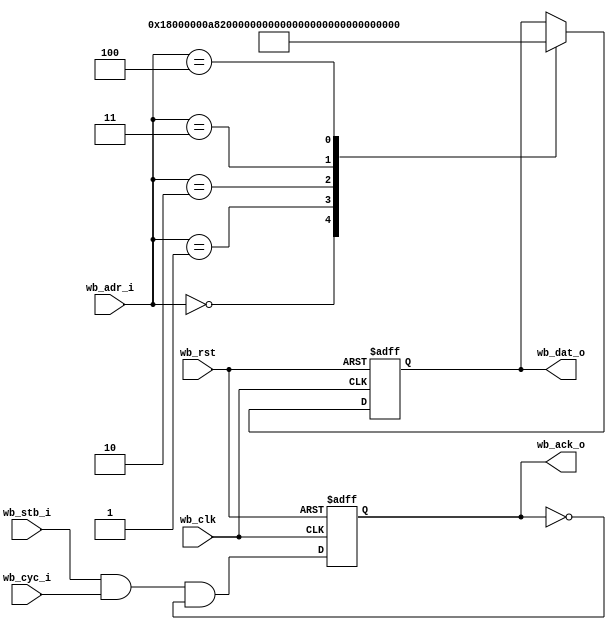
//////////////////////////////////////////////////////////////////////
////                                                              ////
////  OR1K_startup                                                ////
////                                                              ////
////  This file is part of the OR1K startup IP core project       ////
////  http://www.opencores.org/                                   ////
////                                                              ////
////  Author(s):                                                  ////
////      - Michael Unneback (unneback@opencores.org)             ////
////                                                              ////
////  All additional information is avaliable in the Readme.txt   ////
////  file.                                                       ////
////                                                              ////
//////////////////////////////////////////////////////////////////////
////                                                              ////
//// Copyright (C) 2009 Authors                                   ////
////                                                              ////
//// This source file may be used and distributed without         ////
//// restriction provided that this copyright statement is not    ////
//// removed from the file and that any derivative work contains  ////
//// the original copyright notice and the associated disclaimer. ////
////                                                              ////
//// This source file is free software; you can redistribute it   ////
//// and/or modify it under the terms of the GNU Lesser General   ////
//// Public License as published by the Free Software Foundation; ////
//// either version 2.1 of the License, or (at your option) any   ////
//// later version.                                               ////
////                                                              ////
//// This source is distributed in the hope that it will be       ////
//// useful, but WITHOUT ANY WARRANTY; without even the implied   ////
//// warranty of MERCHANTABILITY or FITNESS FOR A PARTICULAR      ////
//// PURPOSE.  See the GNU Lesser General Public License for more ////
//// details.                                                     ////
////                                                              ////
//// You should have received a copy of the GNU Lesser General    ////
//// Public License along with this source; if not, download it   ////
//// from http://www.opencores.org/lgpl.shtml                     ////
////                                                              ////
//////////////////////////////////////////////////////////////////////
module OR1K_startup
  (
    input [6:2]       wb_adr_i,
    input 	      wb_stb_i,
    input 	      wb_cyc_i,
    output reg [31:0] wb_dat_o,
    output reg 	      wb_ack_o,
    input 	      wb_clk,
    input 	      wb_rst
   );
   always @ (posedge wb_clk or posedge wb_rst)
     if (wb_rst)
       wb_dat_o <= 32'h15000000;
     else
       case (wb_adr_i)
`ifdef USE_SDRAM
	  0 : wb_dat_o <= 32'h18000000;
	  1 : wb_dat_o <= 32'hA8200000;
	  2 : wb_dat_o <= 32'h1880B000;
	  3 : wb_dat_o <= 32'hA8A00520;
	  4 : wb_dat_o <= 32'hA8600001;
	  5 : wb_dat_o <= 32'h04000014;
	  6 : wb_dat_o <= 32'hD4041818;
	  7 : wb_dat_o <= 32'h04000012;
	  8 : wb_dat_o <= 32'hD4040000;
	  9 : wb_dat_o <= 32'hE0431804;
	 10 : wb_dat_o <= 32'h0400000F;
	 11 : wb_dat_o <= 32'h9C210008;
	 12 : wb_dat_o <= 32'h0400000D;
	 13 : wb_dat_o <= 32'hE1031804;
	 14 : wb_dat_o <= 32'hE4080000;
	 15 : wb_dat_o <= 32'h0FFFFFFB;
	 16 : wb_dat_o <= 32'hD4081800;
	 17 : wb_dat_o <= 32'h04000008;
	 18 : wb_dat_o <= 32'h9C210004;
	 19 : wb_dat_o <= 32'hD4011800;
	 20 : wb_dat_o <= 32'hE4011000;
	 21 : wb_dat_o <= 32'h0FFFFFFC;
	 22 : wb_dat_o <= 32'hA8C00100;
	 23 : wb_dat_o <= 32'h44003000;
	 24 : wb_dat_o <= 32'hD4040018;
	 25 : wb_dat_o <= 32'hD4042810;
	 26 : wb_dat_o <= 32'h84640010;
	 27 : wb_dat_o <= 32'hBC030520;
	 28 : wb_dat_o <= 32'h13FFFFFE;
	 29 : wb_dat_o <= 32'h15000000;
	 30 : wb_dat_o <= 32'h44004800;
	 31 : wb_dat_o <= 32'h84640000;
`else // !`ifdef USE_SDRAM
	 // Zero r0 and jump to 0x00000100
	  0 : wb_dat_o <= 32'h18000000;
	  1 : wb_dat_o <= 32'hA8200000;
	  2 : wb_dat_o <= 32'hA8C00100;
	  3 : wb_dat_o <= 32'h44003000;
	  4 : wb_dat_o <= 32'h15000000;
`endif // !`ifdef USE_SDRAM
       endcase
   always @ (posedge wb_clk or posedge wb_rst)
     if (wb_rst)
       wb_ack_o <= 1'b0;
     else
       wb_ack_o <= wb_stb_i & wb_cyc_i & !wb_ack_o;
endmodule